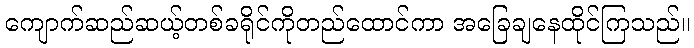
ကျောက်ဆည်ဆယ့်တစ်ခရိုင်ကိုတည်ထောင်ကာ အခြေချနေထိုင်ကြသည်။